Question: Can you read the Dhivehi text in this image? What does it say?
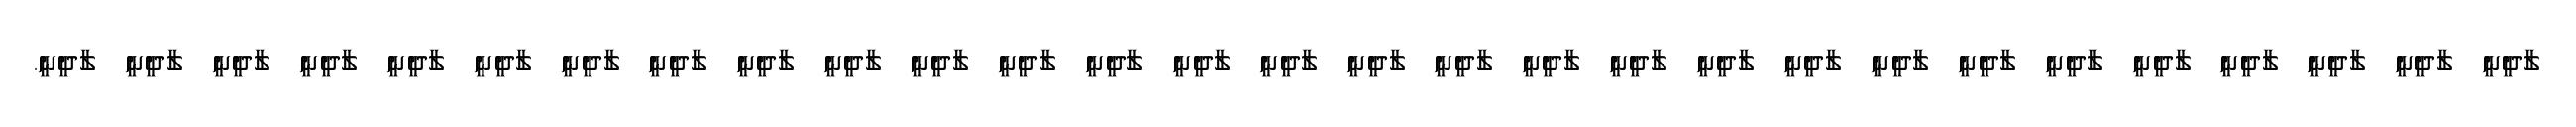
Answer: ލާދީނީ ލާދީނީ ލާދީނީ ލާދީނީ ލާދީނީ ލާދީނީ ލާދީނީ ލާދީނީ ލާދީނީ ލާދީނީ ލާދީނީ ލާދީނީ ލާދީނީ ލާދީނީ ލާދީނީ ލާދީނީ ލާދީނީ ލާދީނީ ލާދީނީ ލާދީނީ ލާދީނީ ލާދީނީ ލާދީނީ ލާދީނީ ލާދީނީ ލާދީނީ ލާދީނީ ލާދީނީ ލާދީނީ.